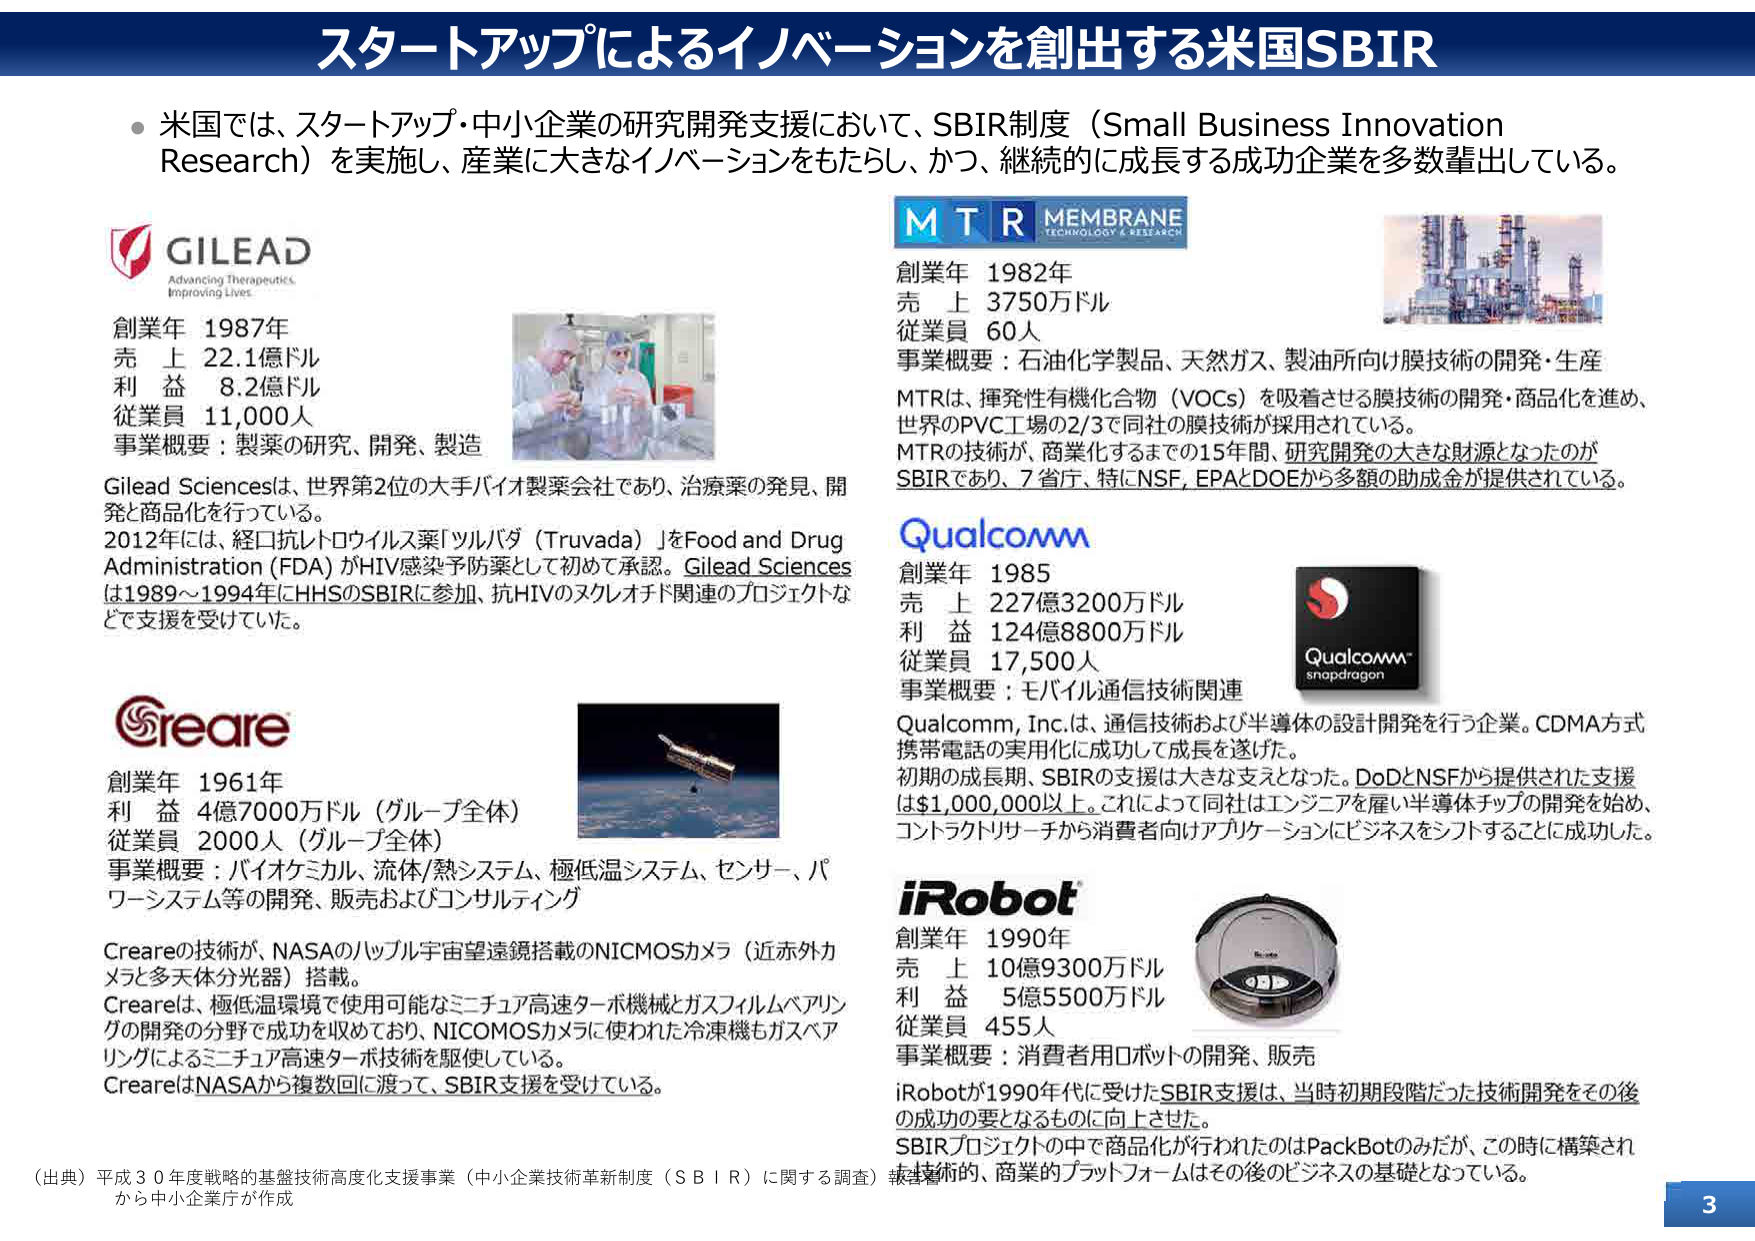
スタートアップによるイノベーションを創出する米国SBIR

● 米国では、スタートアップ・中小企業の研究開発支援において、SBIR制度（Small Business Innovation Research）を実施し、産業に大きなイノベーションをもたらし、かつ、継続的に成長する成功企業を多数輩出している。

GILEAD
Advancing Therapeutics.
Improving Lives.

創業年 1987年
売上 22.1億ドル
利益 8.2億ドル
従業員 11,000人
事業概要：製薬の研究、開発、製造

Gilead Sciencesは、世界第2位の大手バイオ製薬会社であり、治療薬の発見、開発と商品化を行っている。
2012年には、経口抗レトロウイルス薬「ツルバダ（Truvada）」をFood and Drug Administration（FDA）がHIV感染予防薬として初めて承認。Gilead Sciencesは1989～1994年にHHSのSBIRに参加、抗HIVのスクレオチド関連のプロジェクトなどで支援を受けていた。

MTR MEMBRANE
TECHNOLOGY & RESEARCH

創業年 1982年
売上 3750万ドル
従業員 60人
事業概要：石油化学製品、天然ガス、製油所向け膜技術の開発・生産

MTRは、揮発性有機化合物（VOCs）を吸着させる膜技術の開発・商品化を進め、世界のPVC工場の2/3で同社の膜技術が採用されている。
MTRの技術が、商業化するまでの15年間、研究開発の大きな財源となったのがSBIRであり、7省庁、特にNSF、EPAとDOEから多額の助成金が提供されている。

Qualcomm

創業年 1985
売上 227億3200万ドル
利益 124億8800万ドル
従業員 17,500人
事業概要：モバイル通信技術関連

Qualcomm, Inc.は、通信技術および半導体の設計開発を行う企業。CDMA方式携帯電話の実用化に成功して成長を遂げた。
初期の成長期、SBIRの支援は大きな支えとなった。DoDとNSFから提供された支援は$1,000,000以上。これによって同社はエンジニアを雇い半導体チップの開発を始め、コントラクトリサーチから消費者向けアプリケーションにビジネスをシフトすることに成功した。

Creare

創業年 1961年
利益 4億7000万ドル（グループ全体）
従業員 2000人（グループ全体）
事業概要：バイオケミカル、流体/熱システム、極低温システム、センサー、パワーシステム等の開発、販売およびコンサルティング

Creareの技術が、NASAのハッブル宇宙望遠鏡搭載のNICMOSカメラ（近赤外カメラと多天体分光器）搭載。
Creareは、極低温環境で使用可能なミニチュア高速ターボ機械とガスフィルムベアリングの開発の分野で成功を収めており、NICMOSカメラに使われた冷凍機もガスベアリングによるミニチュア高速ターボ技術を駆使している。
CreareはNASAから複数回に渡って、SBIR支援を受けている。

iRobot

創業年 1990年
売上 10億9300万ドル
利益 5億5500万ドル
従業員 455人
事業概要：消費者用ロボットの開発、販売

iRobotが1990年代に受けたSBIR支援は、当時初期段階だった技術開発をその後の成功の要となるものに向上させた。
SBIRプロジェクトの中で商品化が行われたのはPackBotのみだが、この時に構築された技術的、商業的プラットフォームはその後のビジネスの基礎となっている。

（出典）平成３０年度戦略的基盤技術高度化支援事業（中小企業技術革新制度（SBIR）に関する調査）報告書から中小企業庁が作成

3